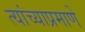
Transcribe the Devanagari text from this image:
त्यांच्याप्रमाणे